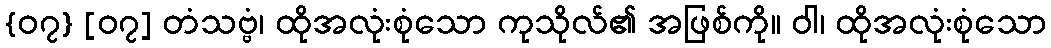
{၀၇} [၀၇] တံသဗ္ဗံ၊ ထိုအလုံးစုံသော ကုသိုလ်၏ အဖြစ်ကို။ ဝါ၊ ထိုအလုံးစုံသော